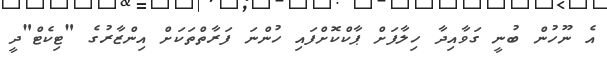
އެ ނޫހުން ބުނީ ގަވާއިދާ ހިލާފަށް ޕާކްކޮށްފައި ހުންނަ ފަރާތްތަކަށް އިންޒާރުގެ "ޓިކެޓް"ދީ